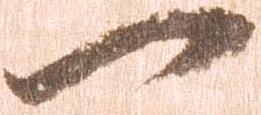
一